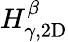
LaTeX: H_{\gamma,\mathrm{2D}}^{\beta}